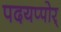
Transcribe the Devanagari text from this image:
पदयप्पोर्